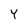
Character: Y